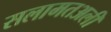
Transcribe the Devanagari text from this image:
सलामतअली